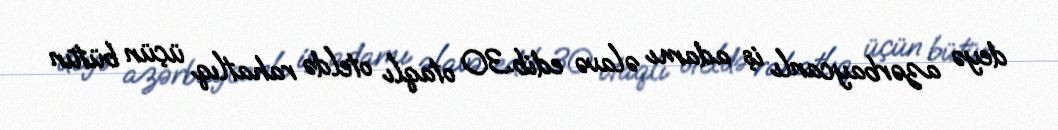
deyə azərbaycanlı iş adamı əlavə edib.30 otaqlı oteldə rahatlıq üçün bütün